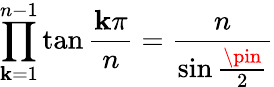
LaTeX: \prod_{\mathbf{k}=1}^{n-1}\tan{\frac{{\mathbf{k}\pi}}{{n}}}={\frac{{n}}{{\sin{\frac{{\pin}}{{2}}}}}}